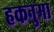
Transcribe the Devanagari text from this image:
हकनुमा